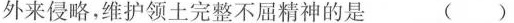
外来侵略，维护领土完整不屈精神的是 ( )